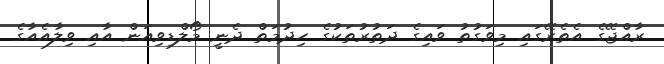
ރާއްޖޭގެ އެތެެރޭގައި މިވަގުތު ވައިގެ ދަތުރުތަކުގެ ހިދުމަތް ދެނީ މޯލްޑިވިއަން އާއި ވިލާއެއާގެ